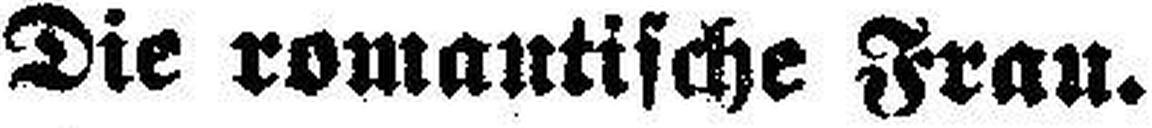
Die romantische Frau.